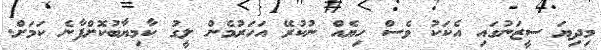
މިދިޔަ ސީޒަނުގައި އެކަކު ވެސް ހިޔެއް ނުކުރޭ އަހަރުމެން ލީގު ކާމިޔާބުކޮށްފާނެ ކަމަށް.